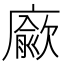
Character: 𢋅